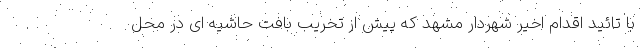
با تائید اقدام اخیر شهردار مشهد که پیش از تخریب بافت حاشیه ای در محل